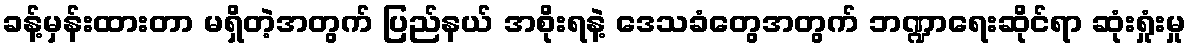
ခန့်မှန်းထားတာ မရှိတဲ့အတွက် ပြည်နယ် အစိုးရနဲ့ ဒေသခံတွေအတွက် ဘဏ္ဍာရေးဆိုင်ရာ ဆုံးရှုံးမှု